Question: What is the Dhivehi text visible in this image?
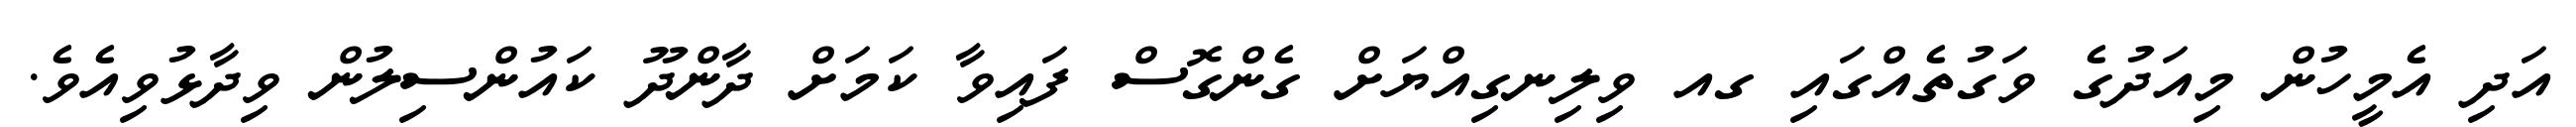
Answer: އަދި އެމީހުން މިއަދުގެ ވަގުތެއްގައި ގއ ވިލިނގިއްޔަށް ގެންގޮސް ފައިވާ ކަމަށް ދާންދޫ ކައުންސިލުން ވިދާޅުވިއެވެ.